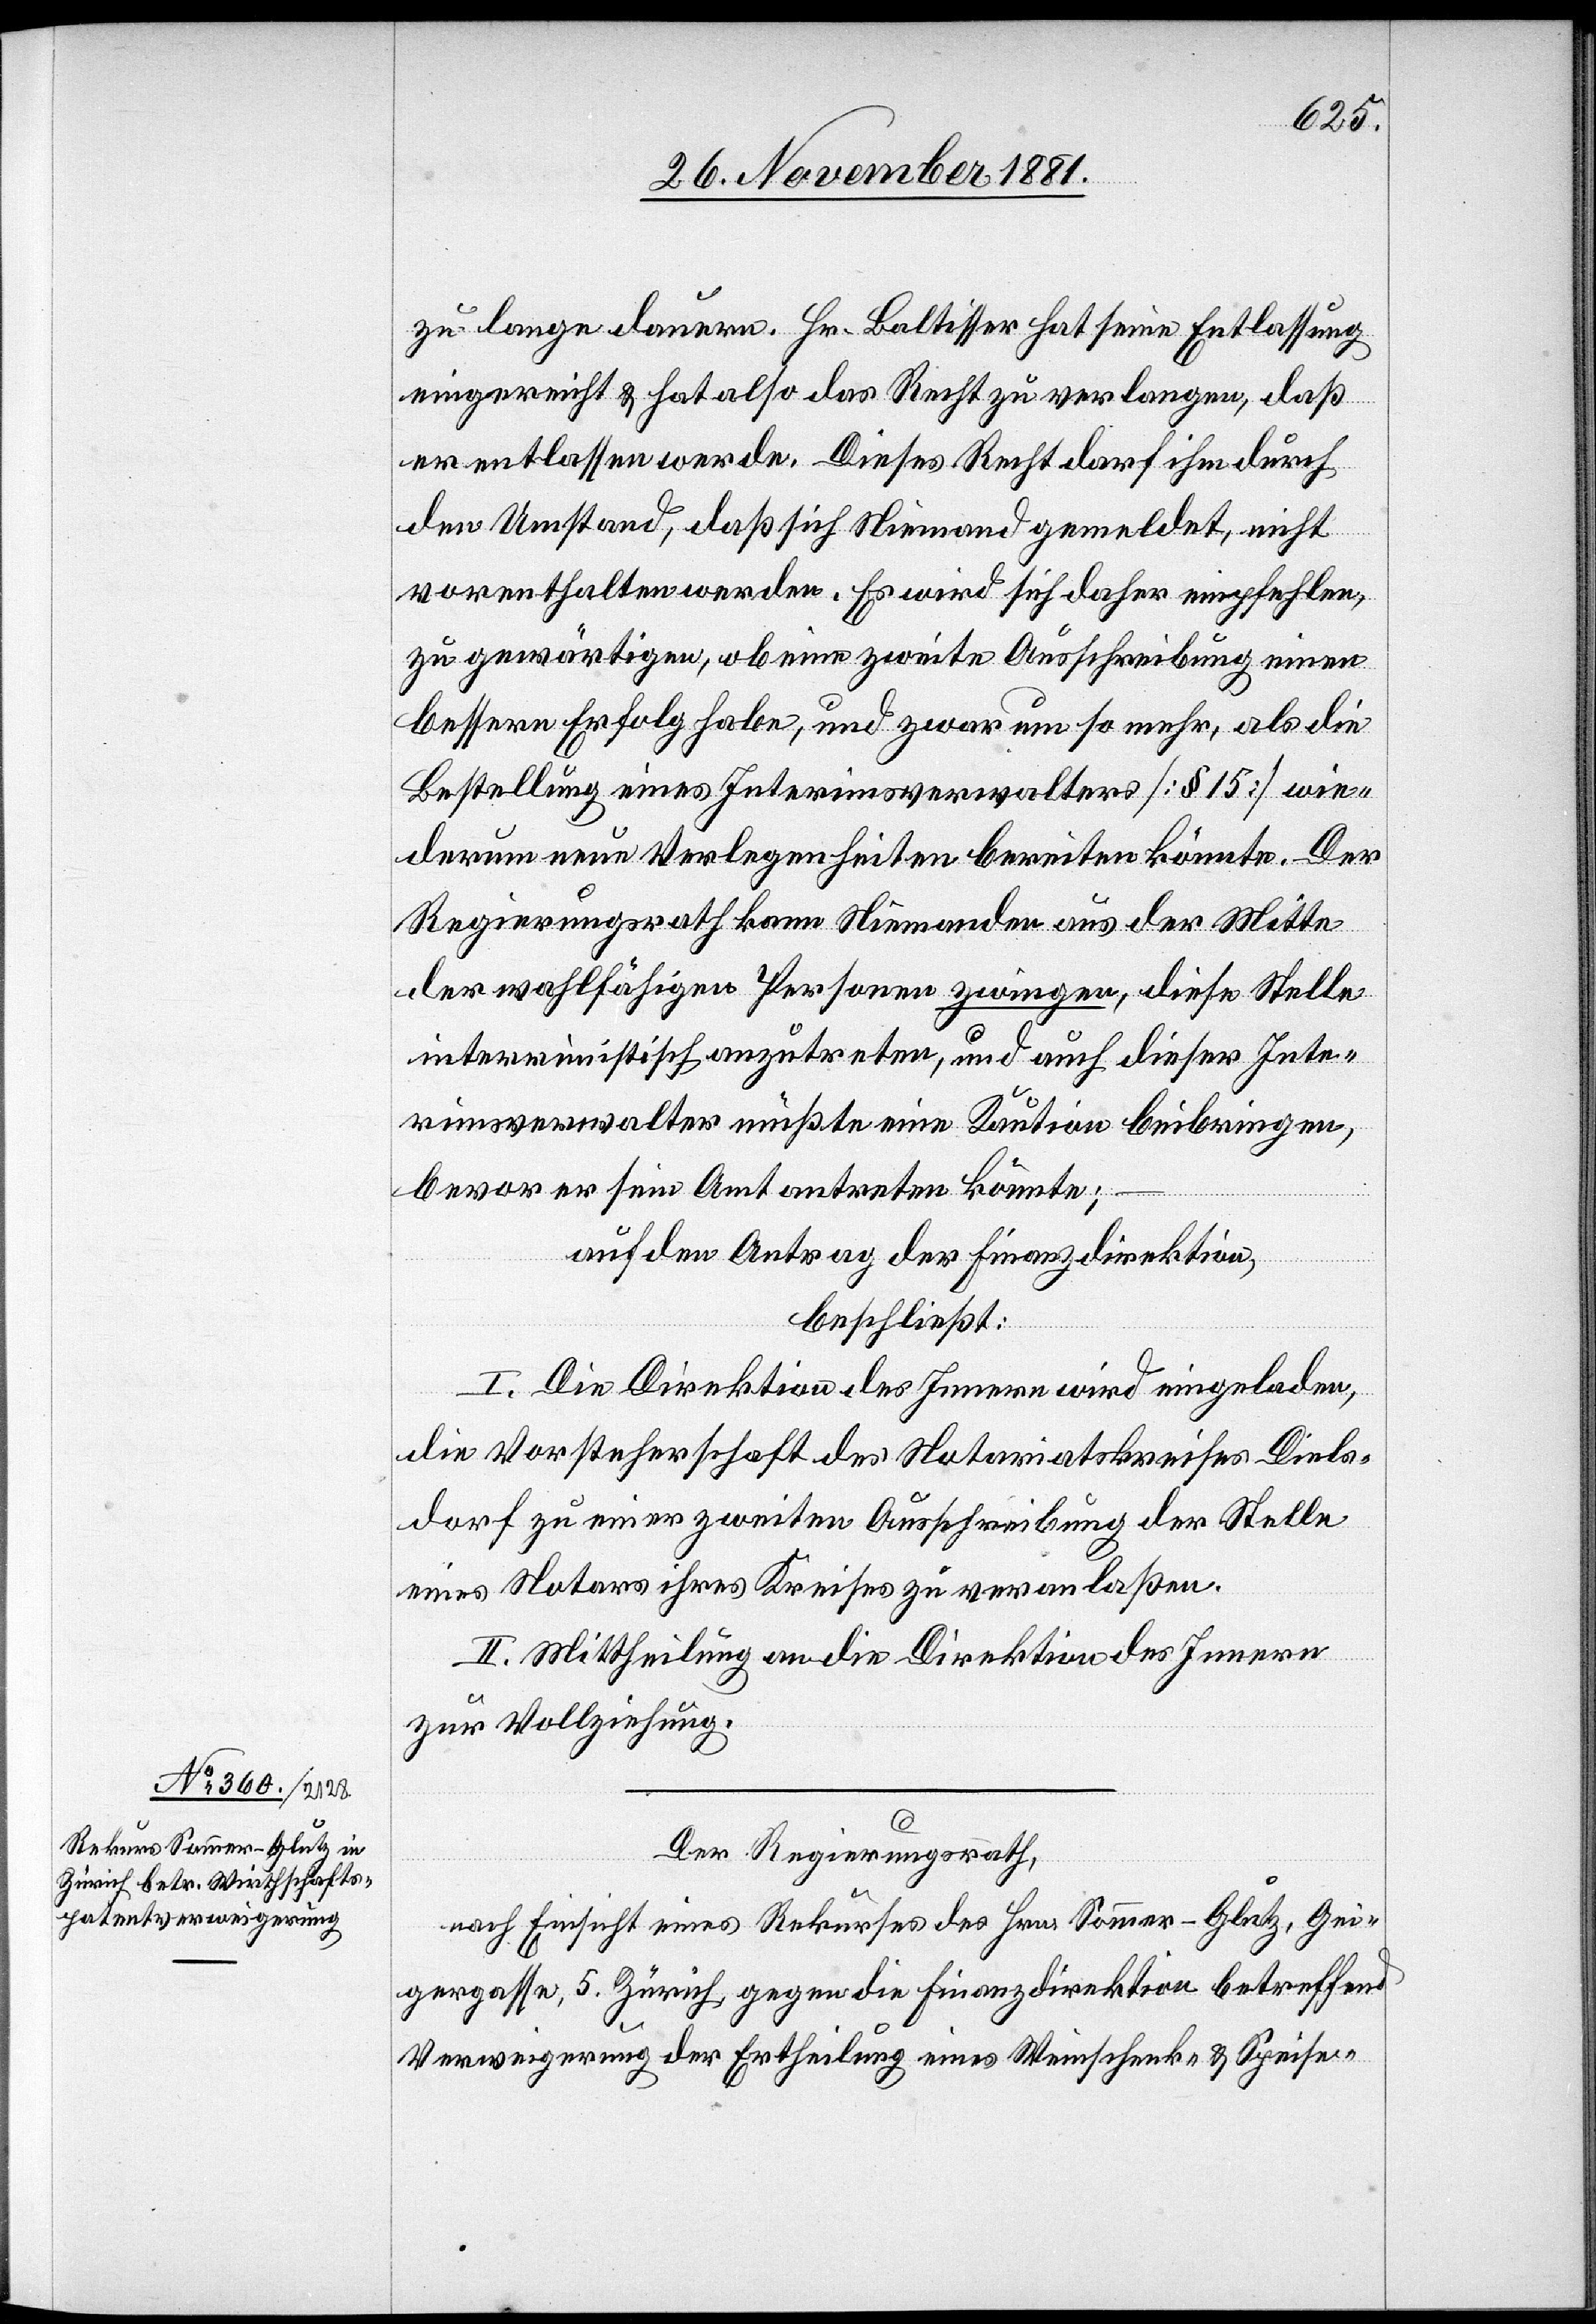
Der Regierungsrath,
nach Einsicht eines Rekurses des Hrn. Sommer-Glutz, Gei¬
gergasse, 5. Zürich, gegen die Finanzdirektion betreffend
Verweigerung der Ertheilung eines Weinschenk- & Speise-